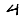
Digit: 4